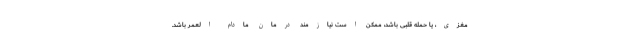
مغزی، یا حمله قلبی باشد، ممکن است نیازمند درمان مادام العمر باشد.